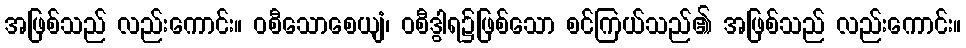
အဖြစ်သည် လည်းကောင်း။ ဝစီသောစေယျံ၊ ဝစီဒွါရ၌ဖြစ်သော စင်ကြယ်သည်၏ အဖြစ်သည် လည်းကောင်း။